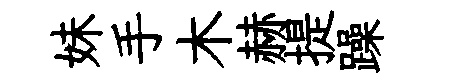
妹手木赫提躁